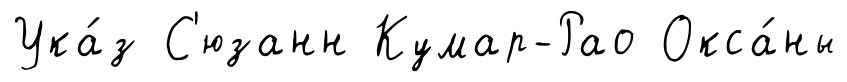
Ука́з С'юзанн Кумар-Рао Окса́ны